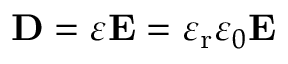
\mathbf { D } = \varepsilon \mathbf { E } = \varepsilon _ { \mathrm { r } } \varepsilon _ { 0 } \mathbf { E }